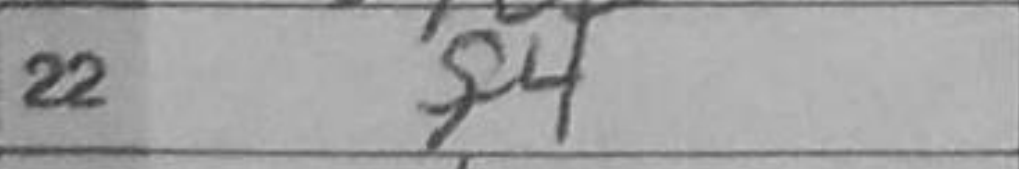
Transcription: f4